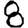
Digit: 8